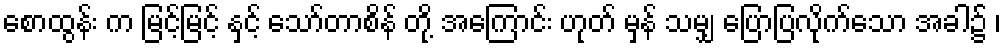
စောထွန်း က မြင့်မြင့် နှင့် သော်တာစိန် တို့ အကြောင်း ဟုတ် မှန် သမျှ ပြောပြလိုက်သော အခါ၌ ၊